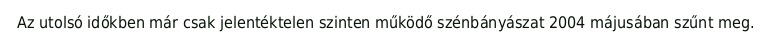
Az utolsó időkben már csak jelentéktelen szinten működő szénbányászat 2004 májusában szűnt meg.